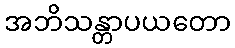
အဘိသန္တာပယတော